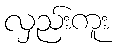
လှည်းကူး